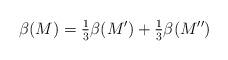
LaTeX: \begin{align*}\beta(M) = \tfrac{1}{3} \beta(M')+ \tfrac{1}{3}\beta(M'')\end{align*}